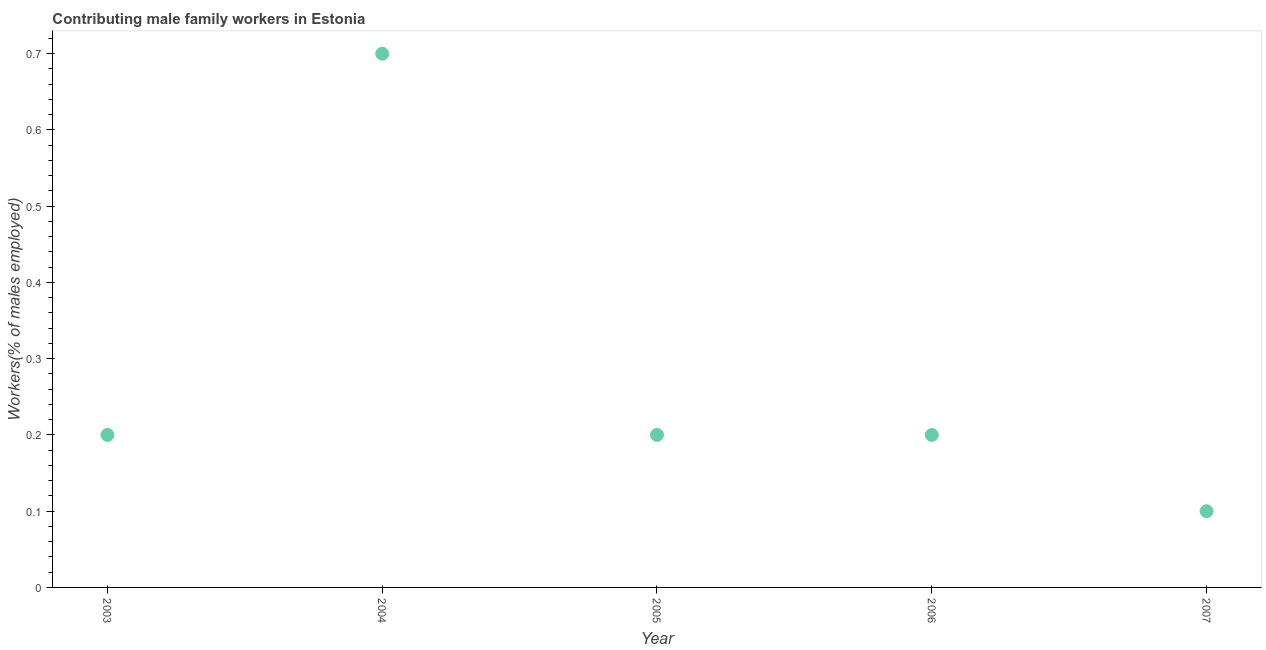
| Year | Contributing family workers |
 | --- | --- |
 | 2003 | 0.2 |
 | 2004 | 0.7 |
 | 2005 | 0.2 |
 | 2006 | 0.2 |
 | 2007 | 0.1 |